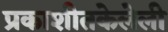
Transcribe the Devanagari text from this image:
प्रकाशीतकेलेली